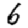
Digit: 6